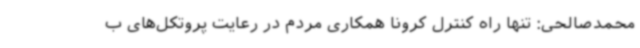
محمدصالحی: تنها راه کنترل کرونا همکاری مردم در رعایت پروتکل‌های ب